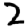
Digit: 2